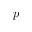
p